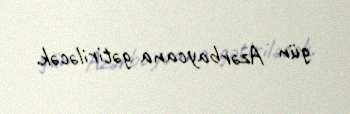
gün Azərbaycana gətiriləcək.